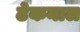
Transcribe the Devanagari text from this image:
ढेकनाल